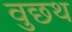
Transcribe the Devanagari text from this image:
वुछथ